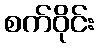
စက်ဝိုင်း